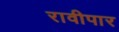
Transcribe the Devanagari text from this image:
रावीपार